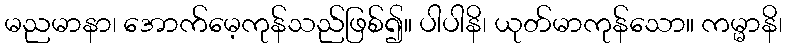
မညမာနာ၊ အောက်မေ့ကုန်သည်ဖြစ်၍။ ပါပါနိ၊ ယုတ်မာကုန်သော။ ကမ္မာနိ၊